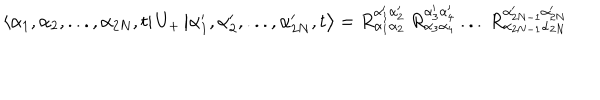
\left\langle \alpha _ { 1 } , \alpha _ { 2 } , . . . , \alpha _ { 2 N } , t \right| U _ { + } \left| \alpha _ { 1 } ^ { \prime } , \alpha _ { 2 } ^ { \prime } , . . . , \alpha _ { 2 N } ^ { \prime } , t \right\rangle = R _ { \alpha _ { 1 } \alpha _ { 2 } } ^ { \alpha _ { 1 } ^ { \prime } \alpha _ { 2 } ^ { \prime } } \: R _ { \alpha _ { 3 } \alpha _ { 4 } } ^ { \alpha _ { 3 } ^ { \prime } \alpha _ { 4 } ^ { \prime } } \: . . . \: R _ { \alpha _ { 2 N - 1 } \alpha _ { 2 N } } ^ { \alpha _ { 2 N - 1 } ^ { \prime } \alpha _ { 2 N } ^ { \prime } }